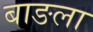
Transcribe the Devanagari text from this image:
बाङला